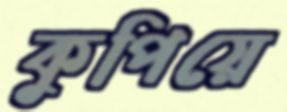
কুপিয়ে